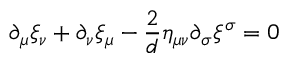
\partial _ { \mu } \xi _ { \nu } + \partial _ { \nu } \xi _ { \mu } - \frac { 2 } { d } \eta _ { \mu \nu } \partial _ { \sigma } \xi ^ { \sigma } = 0